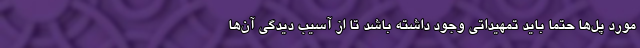
مورد پل‌ها حتما باید تمهیداتی وجود داشته باشد تا از آسیب دیدگی آن‌ها